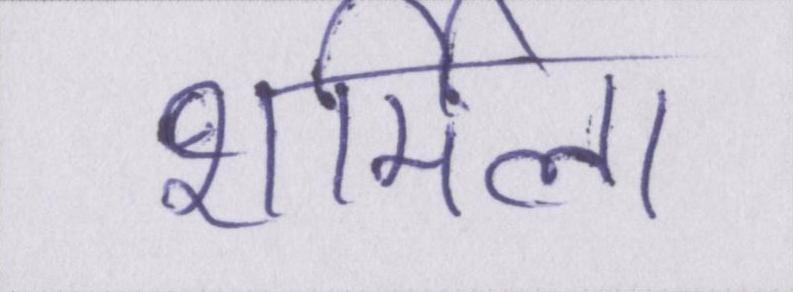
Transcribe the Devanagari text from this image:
शर्मिला